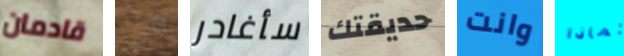
قادمان في سأغادر حديقتك وانت لماذا